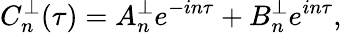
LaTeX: C_{n}^{\perp}(\tau)=A_{n}^{\perp}e^{-in\tau}+B_{n}^{\perp}e^{in\tau},